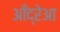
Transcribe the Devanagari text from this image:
आँद्रेआ